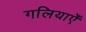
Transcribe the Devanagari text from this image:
गलियाएँ